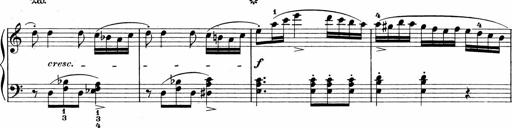
Title: Sonatinen Op.47, 98 und 136, nebst 6 Liedersonatinen
Composer: Carl Reinecke